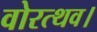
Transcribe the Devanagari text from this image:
वोरत्थव।